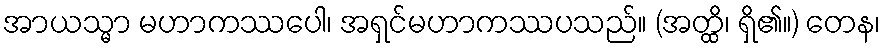
အာယသ္မာ မဟာကဿပေါ၊ အရှင်မဟာကဿပသည်။ (အတ္ထိ၊ ရှိ၏။) တေန၊